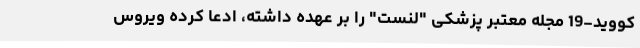
کووید-19 مجله معتبر پزشکی "لنست" را بر عهده داشته، ادعا کرده ویروس